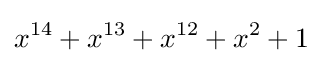
x^{14}+x^{13}+x^{12}+x^{2}+1